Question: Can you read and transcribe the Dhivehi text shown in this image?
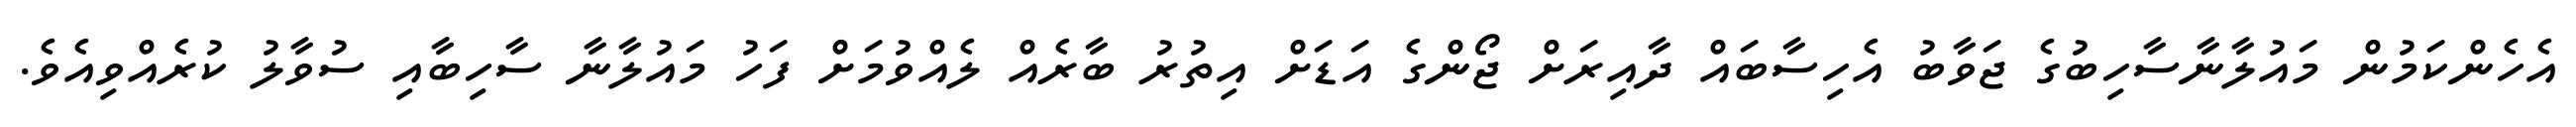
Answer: އެހެންކަމުން މައުލާނާސާހިބުގެ ޖަވާބު އެހިސާބައް ދާއިރަށް ޖޯންގެ އަޑަށް އިތުރު ބާރެއް ލެއްވުމަށް ފަހު މައުލާނާ ސާހިބާއި ސުވާލު ކުރެއްވިއެވެ.